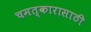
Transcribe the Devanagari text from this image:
चमत्कारासाठी